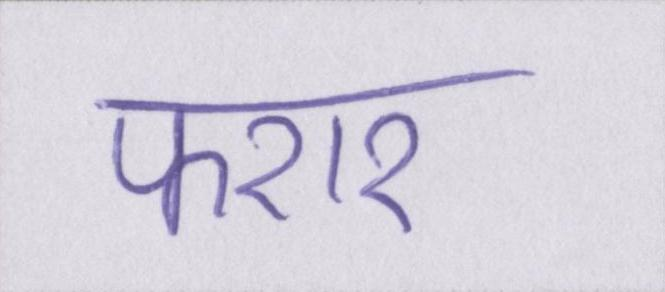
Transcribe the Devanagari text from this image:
फरार